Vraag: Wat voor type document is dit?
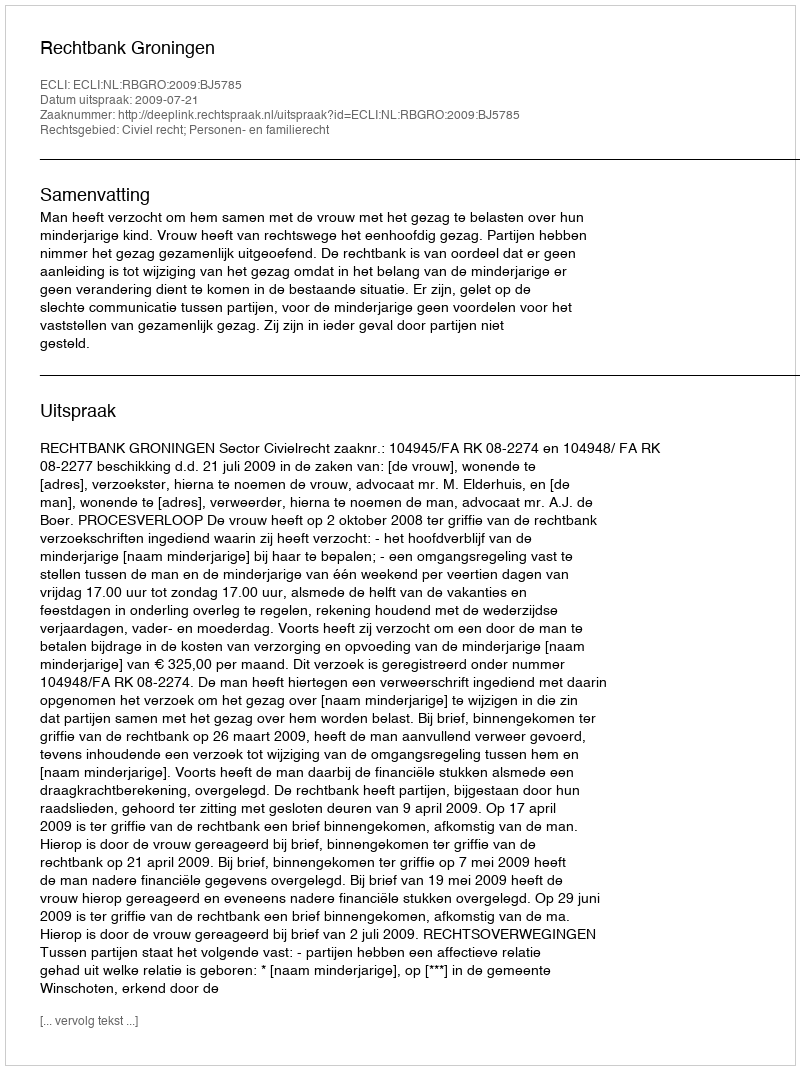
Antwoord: Uitspraak